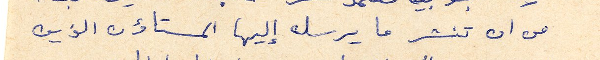
من ان تنشر ما يرسله إليها المستاؤن الذين